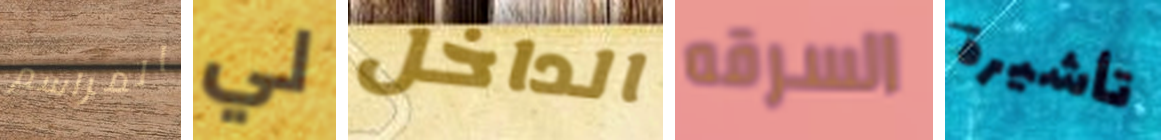
المراسم لي الداخل السرقه تأشيرة